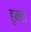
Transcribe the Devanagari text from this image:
हुमडा